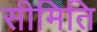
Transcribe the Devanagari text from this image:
सीमिति